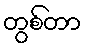
တွစ်တာ